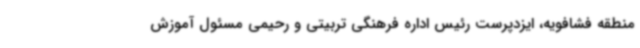
منطقه فشافویه، ایزدپرست رئیس اداره فرهنگی تربیتی و رحیمی مسئول آموزش